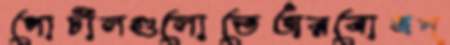
পোর্টালগুলোতেঅরবোধপ্